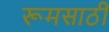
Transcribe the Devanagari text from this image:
रूमसाठी